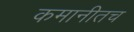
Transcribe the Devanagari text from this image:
कमानीतच